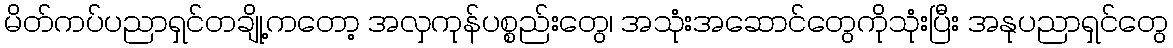
မိတ်ကပ်ပညာရှင်တချို့ကတော့ အလှကုန်ပစ္စည်းတွေ၊ အသုံးအဆောင်တွေကိုသုံးပြီး အနုပညာရှင်တွေ